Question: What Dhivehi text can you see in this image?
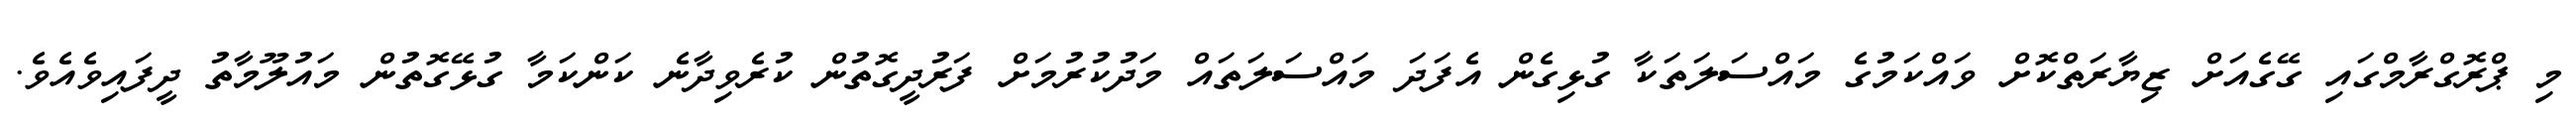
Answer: މި ޕްރޮގްރާމްގައި ގޭގެއަށް ޒިޔާރަތްކޮށް ވައްކަމުގެ މައްސަލަތަކާ ގުޅިގެން އެފަދަ މައްސަލަތައް މަދުކުރުމަށް ފަރުދީގޮތުން ކުރެވިދާނެ ކަންކަމާ ގުޅޭގޮތުން މައުލޫމާތު ދީފައިވެއެވެ.